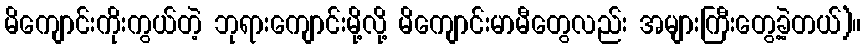
မိကျောင်းကိုးကွယ်တဲ့ ဘုရားကျောင်းမို့လို့ မိကျောင်းမာမီတွေလည်း အများကြီးတွေ့ခဲ့တယ်)။